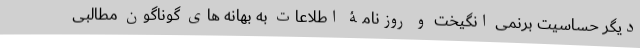
دیگر حساسیت برنمی انگیخت و روزنامۀ اطلاعات به بهانه های گوناگون مطالبی